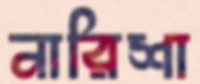
নারিশা